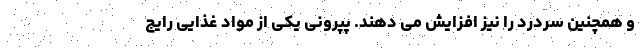
و همچنین سردرد را نیز افزایش می دهند. پپرونی یکی از مواد غذایی رایج